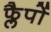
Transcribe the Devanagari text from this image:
फ्लैपों